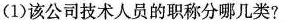
(1)该公司技术人员的职称分哪几类?